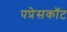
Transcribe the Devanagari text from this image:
पप्रेसकॉट